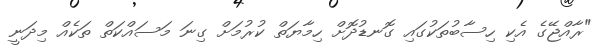
"ރާއްޖޭގެ އެކި ހިސާބުތަކުގައި ގޮނޑުދޮށް ހިމާޔަތް ކުރުމަށް ގިނަ މަސައްކަތް ތަކެއް މިދަނީ